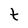
Character: t